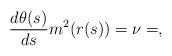
LaTeX: \begin{align*}\frac{d\theta(s)}{ds}m^2(r(s)) = \nu=,\end{align*}